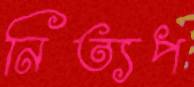
নিত্যপ